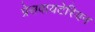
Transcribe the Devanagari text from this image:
प्रेसवायटेरियन